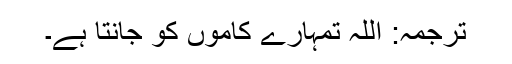
ترجمہ: اللہ تمہارے کاموں کو جانتا ہے۔